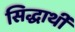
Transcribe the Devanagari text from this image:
सिद्धार्थी